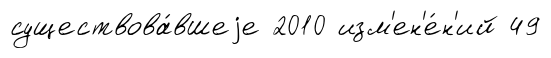
существова́вшеjе 2010 изм'ен'е́н'ий 49